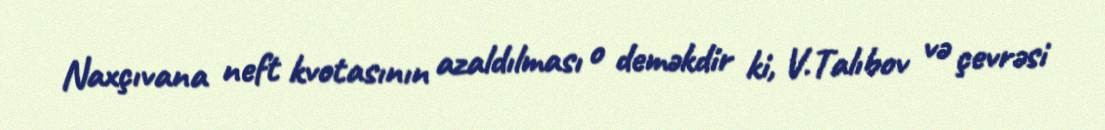
Naxçıvana neft kvotasının azaldılması o deməkdir ki, V.Talıbov və çevrəsi